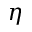
\eta